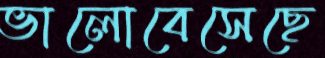
ভালোবেসেছে